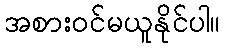
အစားဝင်မယူနိုင်ပါ။